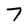
Character: 7